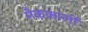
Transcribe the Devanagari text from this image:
मैककार्ली